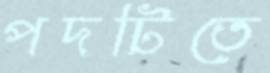
পদটিতে